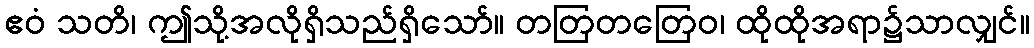
ဧဝံ သတိ၊ ဤသို့အလိုရှိသည်ရှိသော်။ တတြတတြေဝ၊ ထိုထိုအရာ၌သာလျှင်။